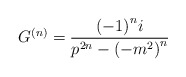
\begin{align*}G^{\left( n \right)} = \frac { {\left( -1 \right)}^n i } { p^{2n}- {\left( -m^2 \right)}^n }\end{align*}